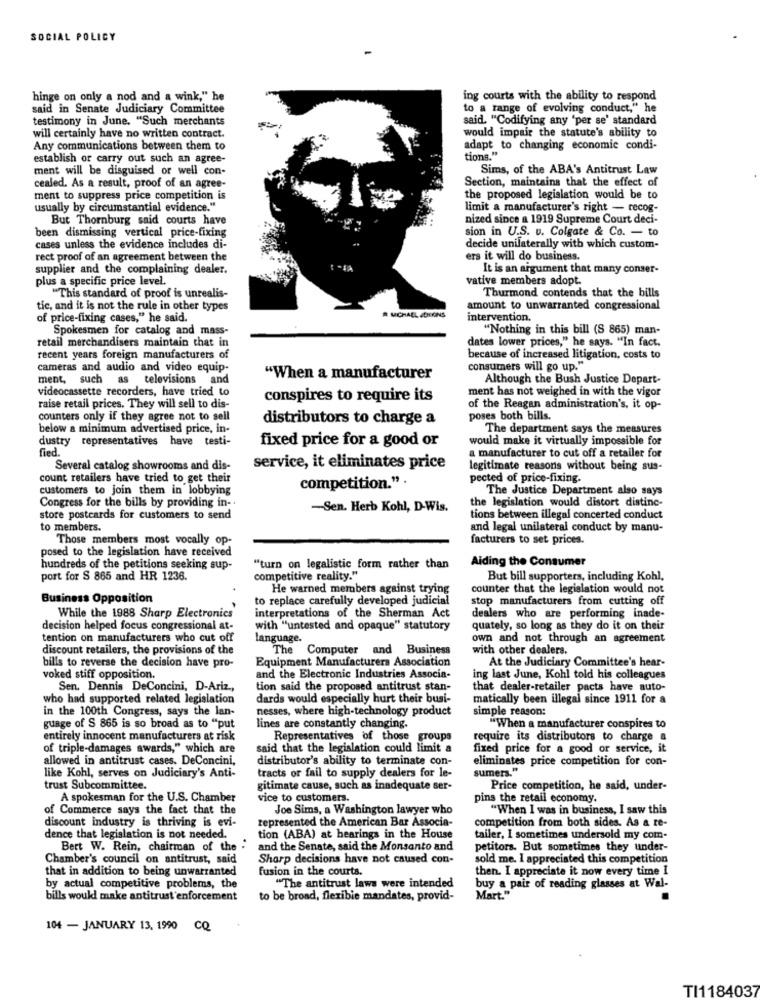
SOCIAL POLICY
hinge on only a nod and a wink," he
ing courts with the ability to respond
said in Senate Judiciary Committee
to a range of evolving conduct," he
testimony in June. "Such merchants
said. "Codifying any "per se' standard
would impair the statute's ability to
will certainly have no written contract.
Any communications between them to
adapt to changing economic condi-
establish or carry out such an agree-
tions."
ment will be disguised or well con-
Sims, of the ABA's Antitrust Law
Section, maintains that the effect of
cealed. As a result, proof of an agree-
ment to suppress price competition is
the proposed legislation would be to
usually by circumstantial evidence."
limit a manufacturer's right - recog-
But Thornburg said courts have
nized since a 1919 Supreme Court deci-
been dismissing vertical price-fixing
sion in U.S. u. Colgate & Co. - to
cases unless the evidence includes di-
decide unilaterally with which custom-
rect proof of an agreement between the
ers it will do business.
supplier and the complaining dealer.
It is an argument that many conser-
plus a specific price level.
vative members adopt.
"This standard of proof is unrealis-
Thurmond contends that the bills
tic, and it is not the rule in other types
amount to unwarranted congressional
of price-fixing cases," he said.
R MICHAEL JENKINS
intervention.
Spokesmen for catalog and mass-
"Nothing in this bill (S 865) man-
retail merchandisers maintain that in
dates lower prices," he says. "In fact.
recent years foreign manufacturers of
because of increased litigation, costs to
cameras and audio and video equip-
consumers will go up."
ment, such as televisions and
"When a manufacturer
Although the Bush Justice Depart-
videocassette recorders, have tried to
ment has not weighed in with the vigor
conspires to require its
raise retail prices. They will sell to dis-
of the Reagan administration's, it op-
counters only if they agree not to sell
distributors to charge a
poses both bills.
below a minimum advertised price, in-
The department says the measures
dustry representatives have testi-
fixed price for a good or
would make it virtually impossible for
fied.
a manufacturer to cut off a retailer for
Several catalog showrooms and dis-
service, it eliminates price
legitimate reasons without being sus-
count retailers have tried to get their
competition." .
pected of price-fixing.
customers to join them in lobbying
The Justice Department also says
the legislation would distort distinc-
Congress for the bills by providing in -.
-Sen. Herb Kohl, D-Wis.
store postcards for customers to send
tions between illegal concerted conduct
to members.
and legal unilateral conduct by manu-
Those members most vocally op-
facturers to set prices.
posed to the legislation have received
Aiding the Consumer
hundreds of the petitions seeking sup-
"turn on legalistic form rather than
port for $ 865 and HR 1236.
competitive reality."
But bill supporters, including Kohl,
He warned members against trying
counter that the legislation would not
Business Opposition
to replace carefully developed judicial
stop manufacturers from cutting off
interpretations of the Sherman Act
While the 1988 Sharp Electronics
dealers who are performing inade-
decision helped focus congressional at-
with "untested and opaque" statutory
quately, so long as they do it on their
tention on manufacturers who cut off
language.
own and not through an agreement
discount retailers, the provisions of the
The Computer and Business
with other dealers.
Equipment Manufacturers Association
At the Judiciary Committee's hear-
bills to reverse the decision have pro-
voked stiff opposition.
and the Electronic Industries Associa-
ing last June, Kohl told his colleagues
Sen. Dennis DeConcini, D-Ariz .,
tion said the proposed antitrust stan-
that dealer-retailer pacts have auto-
who had supported related legislation
dards would especially hurt their busi-
matically been illegal since 1911 for a
in the 100th Congress, says the lan-
nesses, where high-technology product
simple reason:
guage of S 865 is so broad as to "put
lines are constantly changing.
"When a manufacturer conspires to
entirely innocent manufacturers at risk
Representatives of those groups
require its distributors to charge a
of triple-damages awards," which are
said that the legislation could limit a
fixed price for a good or service, it
allowed in antitrust cases. DeConcini,
distributor's ability to terminate con-
eliminates price competition for con-
sumers."
like Kohl, serves on Judiciary's Anti-
tracts or fail to supply dealers for le-
trust Subcommittee.
gitimate cause, such as inadequate ser-
Price competition, he said, under-
A spokesman for the U.S. Chamber
vice to customers.
pins the retail economy.
of Commerce says the fact that the
Joe Sims, a Washington lawyer who
"When I was in business, I saw this
represented the American Bar Associa-
competition from both sides. As a re-
discount industry is thriving is evi-
dence that legislation is not needed.
tion (ABA) at hearings in the House
tailer, I sometimes undersold my com-
Bert W. Rein, chairman of the :
and the Senate, said the Monsanto and
petitors. But sometimes they under-
Chamber's council on antitrust, said
Sharp decisions have not caused con-
sold me. I appreciated this competition
that in addition to being unwarranted
fusion in the courts.
then. I appreciate it now every time I
by actual competitive problems, the
"The antitrust laws were intended
buy a pair of reading glasses at Wal-
bills would make antitrust enforcement
to be broad, flexible mandates, provid-
Mart."
104 - JANUARY 13, 1990 CQ
TI1184037